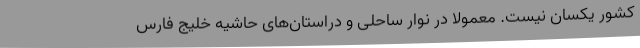
کشور یکسان نیست. معمولا در نوار ساحلی و دراستان‌های حاشیه خلیج فارس